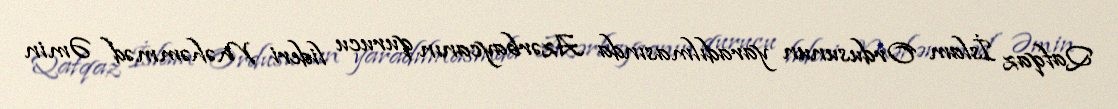
Qafqaz İslam Ordusunun yaradılmasında Azərbaycanın qurucu lideri Məhəmməd Əmin